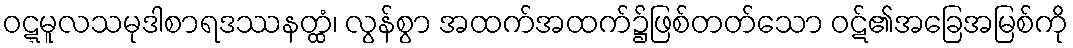
ဝဋ္ဋမူလသမုဒါစာရဒဿနတ္ထံ၊ လွန်စွာ အထက်အထက်၌ဖြစ်တတ်သော ဝဋ်၏အခြေအမြစ်ကို